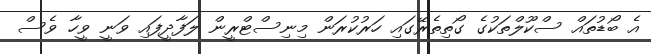
އެ ބޯޑުތައް ސްކޫލްތަކުގެ ގޯތިތެރޭގައި ހަރުކުރަން މިނިސްޓްރީން ލަފާދީފައި ވަނީ ވީހާ ވެސް